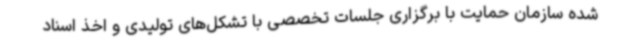
شده سازمان حمایت با برگزاری جلسات تخصصی با تشکل‌های تولیدی و اخذ اسناد